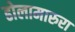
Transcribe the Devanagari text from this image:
ढोलामारुरा